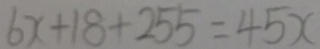
6 x + 1 8 + 2 5 5 = 4 5 x